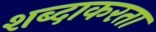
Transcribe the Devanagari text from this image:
शब्दाकरता